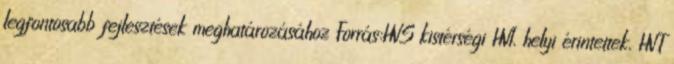
legfontosabb fejlesztések meghatározásához Forrás:HVS kistérségi HVI, helyi érintettek, HVT